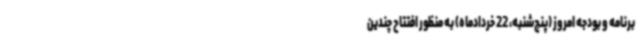
برنامه و بودجه امروز (پنج‌شنبه، 22 خردادماه) به منظور افتتاح چندین